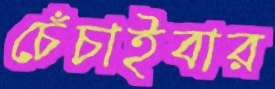
চেঁচাইবার